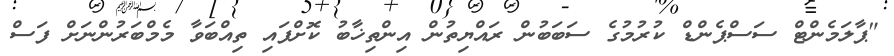
"ޕާލަމެންޓް ސަސްޕެންޑް ކުރުމުގެ ސަބަބުން ރައްޔިތުން އިންތިޚާބު ކޮށްފައި ތިއްބަވާ މެމްބަރުންނަށް ފަސް